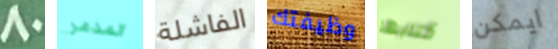
80 المدمر الفاشلة وظيفتك كتابها ايمكن